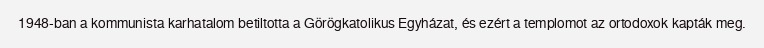
1948-ban a kommunista karhatalom betiltotta a Görögkatolikus Egyházat, és ezért a templomot az ortodoxok kapták meg.